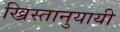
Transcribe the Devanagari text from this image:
ख्रिस्तानुयायी